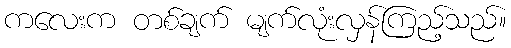
ကလေးက တစ်ချက် မျက်လုံးလှန်ကြည့်သည်။